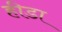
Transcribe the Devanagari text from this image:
हीडा